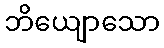
ဘိယျောသော